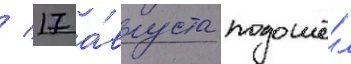
/ 17 а́вгуста подошё́л